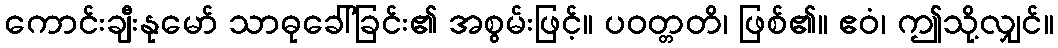
ကောင်းချီးနုမော် သာဓုခေါ်ခြင်း၏ အစွမ်းဖြင့်။ ပဝတ္တတိ၊ ဖြစ်၏။ ဧဝံ၊ ဤသို့လျှင်။